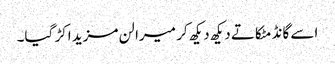
اسے گانڈ مٹکاتے دیکھ دیکھ کر میرا لن مزید اکڑ گیا۔